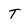
Character: T